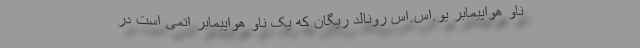
ناو هواپیمابر یو.اس.اس رونالد ریگان که یک ناو هواپیمابر اتمی است در